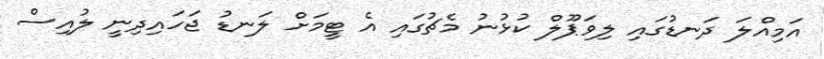
އަމިއްލަ ދަނޑުގައި ލިވަޕޫލް ކުޅުނު މެޗުގައި އެ ޓީމަށް ލަނޑު ޖަހައިދިނީ ލުއިސް